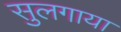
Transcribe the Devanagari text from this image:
सुलगाया